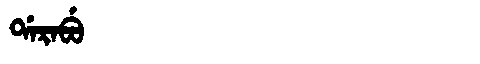
Manchu: ᡩᠠᡵᠠᠪᡠ
Romanization: DARABU